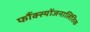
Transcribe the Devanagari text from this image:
फौंक्स्योंजनालितिक